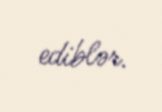
ediblər.